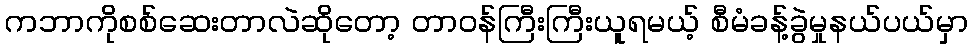
ကဘာကိုစစ်ဆေးတာလဲဆိုတော့ တာဝန်ကြီးကြီးယူရမယ့် စီမံခန့်ခွဲမှုနယ်ပယ်မှာ